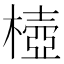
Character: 㯛